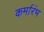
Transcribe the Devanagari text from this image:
कर्मारंभ